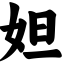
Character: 妲